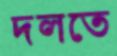
দলতে